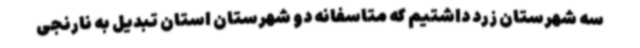
سه شهرستان زرد داشتیم که متاسفانه دو شهرستان استان تبدیل به نارنجی